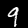
Digit: 9